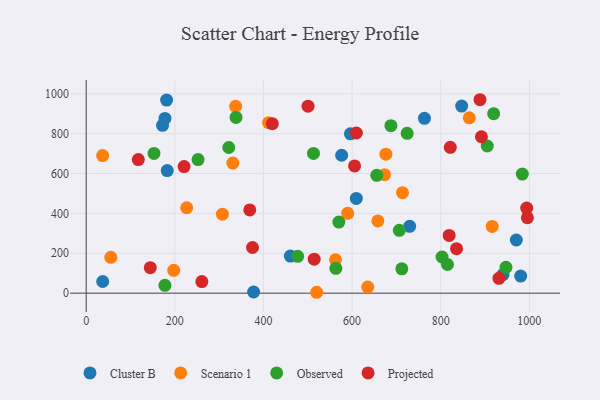
{"axis": {"x": "Investment", "y": "Sales"}, "legend": ["Cluster B", "Observed", "Projected", "Scenario 1"], "data": [{"x": "847.3", "y": 938.6, "type": "Cluster B"}, {"x": "970.5", "y": 266.6, "type": "Cluster B"}, {"x": "172.3", "y": 842.0, "type": "Cluster B"}, {"x": "377.8", "y": 6.0, "type": "Cluster B"}, {"x": "763.3", "y": 876.7, "type": "Cluster B"}, {"x": "729.9", "y": 335.1, "type": "Cluster B"}, {"x": "177.8", "y": 876.2, "type": "Cluster B"}, {"x": "609.5", "y": 475.2, "type": "Cluster B"}, {"x": "182.9", "y": 614.7, "type": "Cluster B"}, {"x": "940.5", "y": 92.8, "type": "Cluster B"}, {"x": "460.7", "y": 186.2, "type": "Cluster B"}, {"x": "576.4", "y": 691.6, "type": "Cluster B"}, {"x": "37.3", "y": 58.5, "type": "Cluster B"}, {"x": "596.3", "y": 799.4, "type": "Cluster B"}, {"x": "980.4", "y": 85.9, "type": "Cluster B"}, {"x": "181.5", "y": 968.2, "type": "Cluster B"}, {"x": "520.1", "y": 4.5, "type": "Scenario 1"}, {"x": "411.4", "y": 855.3, "type": "Scenario 1"}, {"x": "590.0", "y": 400.7, "type": "Scenario 1"}, {"x": "226.8", "y": 428.5, "type": "Scenario 1"}, {"x": "916.1", "y": 334.9, "type": "Scenario 1"}, {"x": "673.2", "y": 594.0, "type": "Scenario 1"}, {"x": "562.5", "y": 167.5, "type": "Scenario 1"}, {"x": "864.4", "y": 879.5, "type": "Scenario 1"}, {"x": "307.4", "y": 396.1, "type": "Scenario 1"}, {"x": "55.6", "y": 180.0, "type": "Scenario 1"}, {"x": "676.2", "y": 697.3, "type": "Scenario 1"}, {"x": "658.1", "y": 362.4, "type": "Scenario 1"}, {"x": "713.7", "y": 504.0, "type": "Scenario 1"}, {"x": "37.1", "y": 689.9, "type": "Scenario 1"}, {"x": "337.2", "y": 937.2, "type": "Scenario 1"}, {"x": "197.6", "y": 114.5, "type": "Scenario 1"}, {"x": "330.9", "y": 652.3, "type": "Scenario 1"}, {"x": "635.3", "y": 30.7, "type": "Scenario 1"}, {"x": "815.2", "y": 143.7, "type": "Observed"}, {"x": "321.8", "y": 730.6, "type": "Observed"}, {"x": "570.1", "y": 356.7, "type": "Observed"}, {"x": "802.9", "y": 181.5, "type": "Observed"}, {"x": "655.7", "y": 591.2, "type": "Observed"}, {"x": "153.0", "y": 701.0, "type": "Observed"}, {"x": "984.1", "y": 597.5, "type": "Observed"}, {"x": "919.4", "y": 900.4, "type": "Observed"}, {"x": "252.4", "y": 670.0, "type": "Observed"}, {"x": "724.2", "y": 801.5, "type": "Observed"}, {"x": "712.2", "y": 121.9, "type": "Observed"}, {"x": "477.1", "y": 184.6, "type": "Observed"}, {"x": "338.1", "y": 881.6, "type": "Observed"}, {"x": "177.6", "y": 39.3, "type": "Observed"}, {"x": "512.9", "y": 700.7, "type": "Observed"}, {"x": "706.6", "y": 315.3, "type": "Observed"}, {"x": "947.2", "y": 129.6, "type": "Observed"}, {"x": "563.3", "y": 124.6, "type": "Observed"}, {"x": "687.6", "y": 840.1, "type": "Observed"}, {"x": "905.0", "y": 738.1, "type": "Observed"}, {"x": "995.5", "y": 378.2, "type": "Projected"}, {"x": "514.5", "y": 170.5, "type": "Projected"}, {"x": "835.7", "y": 223.3, "type": "Projected"}, {"x": "888.6", "y": 970.2, "type": "Projected"}, {"x": "261.0", "y": 58.2, "type": "Projected"}, {"x": "369.1", "y": 417.6, "type": "Projected"}, {"x": "891.8", "y": 784.4, "type": "Projected"}, {"x": "931.3", "y": 74.4, "type": "Projected"}, {"x": "220.9", "y": 634.7, "type": "Projected"}, {"x": "609.7", "y": 803.2, "type": "Projected"}, {"x": "819.0", "y": 289.4, "type": "Projected"}, {"x": "994.0", "y": 427.0, "type": "Projected"}, {"x": "605.6", "y": 638.4, "type": "Projected"}, {"x": "375.3", "y": 229.0, "type": "Projected"}, {"x": "420.0", "y": 850.2, "type": "Projected"}, {"x": "144.6", "y": 127.7, "type": "Projected"}, {"x": "821.6", "y": 731.5, "type": "Projected"}, {"x": "117.6", "y": 669.9, "type": "Projected"}, {"x": "500.6", "y": 938.1, "type": "Projected"}]}